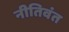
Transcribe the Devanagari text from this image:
नीतिवंत